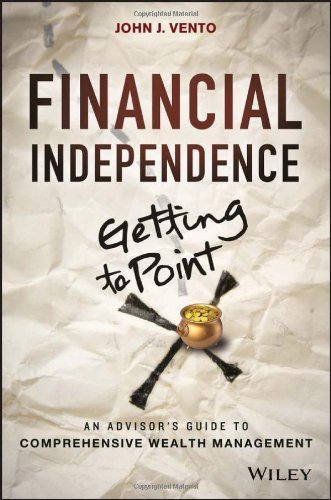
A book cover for Financial Independence (Getting to Point X): An Advisor's Guide to Comprehensive Wealth Management; John J. Vento; Business & Money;